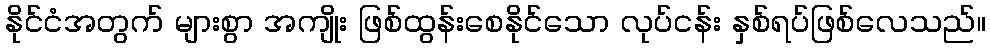
နိုင်ငံအတွက် များစွာ အကျိုး ဖြစ်ထွန်းစေနိုင်သော လုပ်ငန်း နှစ်ရပ်ဖြစ်လေသည်။